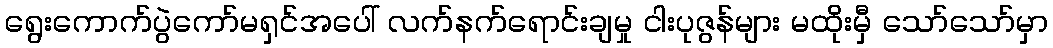
ရွေးကောက်ပွဲကော်မရှင်အပေါ် လက်နက်ရောင်းချမှု ငါးပုဇွန်များ မထိုးမှီ သော်သော်မှာ